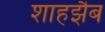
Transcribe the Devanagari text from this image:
शाहझैब